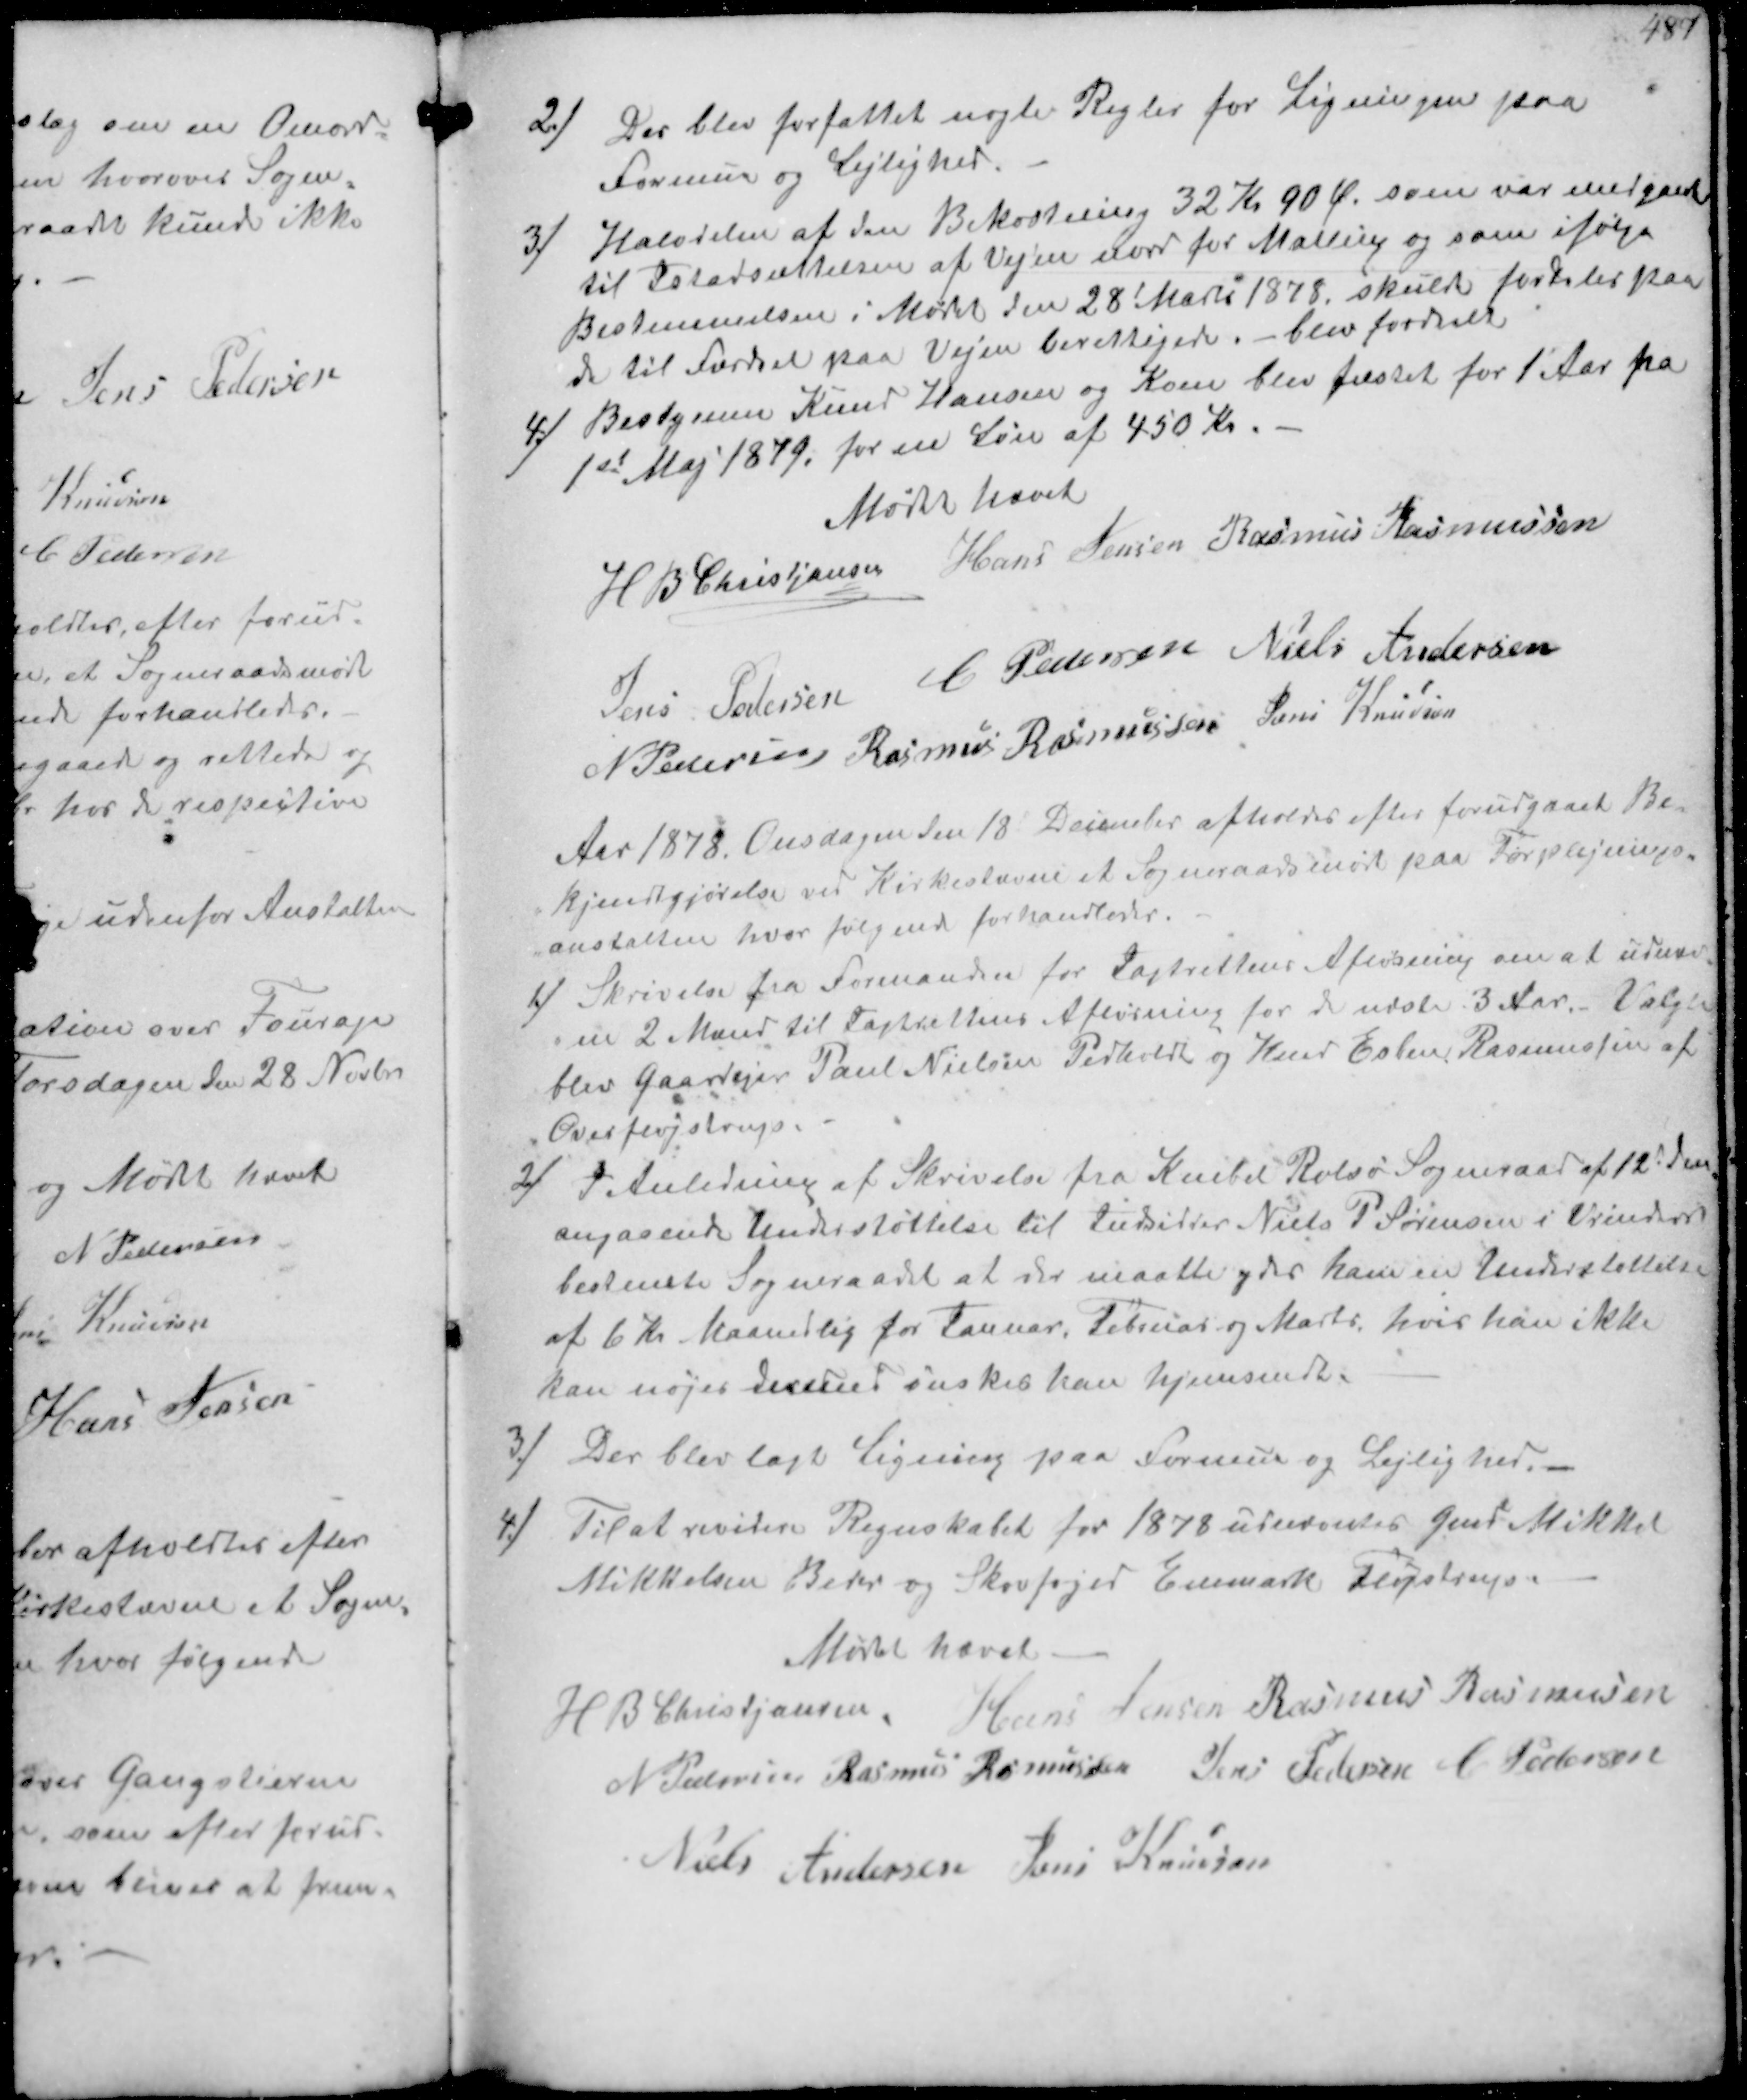
Transskription:
2/
Der blev forfattet nogle Regler for Ligningen paa
Formue og Lejlighed.
3/
Halvdelen af den Bekostning 32 Kr. 90 Øre som var medgaaet
til Istadsættelsen af Vejen nord for Malling og som ifølge
Bestemmelsen i Mødet den 28' Marts 1878 skulde fordeles paa
de til færdsel paa Vejen berettigede blev fordelt
4/
Bestyreren Knud Hansen og Kone blev fæstet for 1 Aar fra
1stMaj 1879 for en Løn af 450 Kr.
Mødet hævet
H B Christjansen
Hans Jensen
Rasmus Rasmussen
Jens Pedersen
C Pedersen
Niels Andersen
N Pedersen
Rasmus Rasmussen
Jens Knudsen

Aar 1878. Onsdagen den 18' December afholdes efter forudgaaet Be-
kjendtgjørelse ved Kirkestævne et Sogneraadsmøde paa Forplejnings-
anstalten hvor følgende forhandleres.
1/
Skrivelse fra Formanden for Jagtrettens Afløsning om at udnæv-
ne 2 Mænd til Jagtrettens Afløsning for de næste 3 Aar. Valgte
blev Gaardejer Paul Nielsen Pedholdt og Knud Esben Rasmussen af
Overfløjstrup.
2/
I Anledning af Skrivelse fra Knebel Rolsø Sogneraad af 12' Dcm
angaaende Understøttelse til Indsidter Niels P Sørensen i Vrinders
bestemte Sogneraadet at der maatte ydes ham en Understøttelse-
af 6 Kr Maanedlig for Januar Februar og Marts, hvis han ikke
kan nøjes dermed ønskes han hjemsendt.
3/
Der blev lagt Ligning paa Formue og Lejlighed.
4/
Til at revidere Regnskabet for 1878 udnævntes Gmd Mikker
Mikkelsen Beder og Skovfoged Enemark Fløjstrup.
Mødet hævet
H B Christjansen
Hans Jensen
Rasmus Rasmussen
N Pedersen
Rasmus Rasmussen
Jens Pedersen
C Pedersen
Niels Andersen
Jens Knudsen